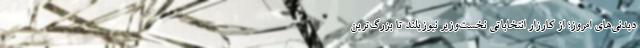
دیدنی‌های امروز؛ از کارزار انتخاباتی نخست‌وزیر نیوزیلند تا بزرگ‌ترین